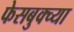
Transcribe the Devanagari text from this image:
फेसबुक्च्या